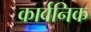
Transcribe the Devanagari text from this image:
कार्वनिक